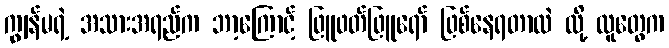
ကျွန်မရဲ့ အသားအရည်က ဘာ့ကြောင့် ဖြူဖတ်ဖြူရော် ဖြစ်နေရတာလဲ လို့ လူတွေက